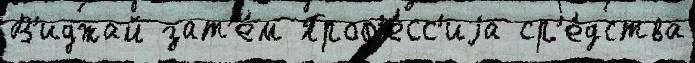
В'иджай зат'е́м Проф'е́сс'иjа ср'е́дства